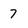
Character: 7